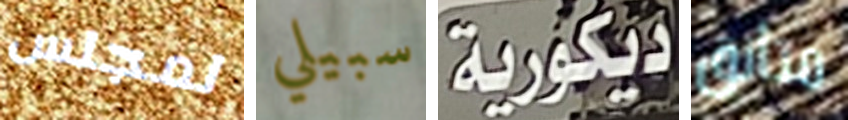
لمجلس سبيلي ديكورية متأنق